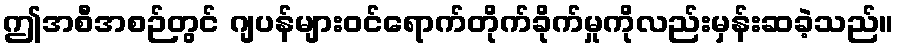
ဤအစီအစဉ်တွင် ဂျပန်များဝင်ရောက်တိုက်ခိုက်မှုကိုလည်းမှန်းဆခဲ့သည်။